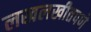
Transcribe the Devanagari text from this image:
लखलखीतपणे